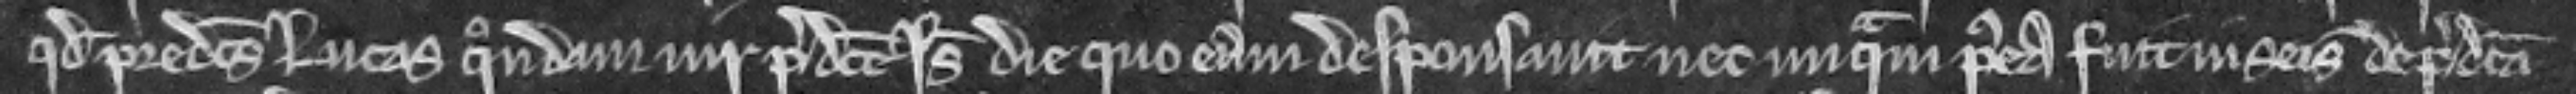
quod predictus Lucas quondam vir predicte Isabelle die quo eam desponsavit nec unquam postea fuit in seisina de predicta